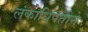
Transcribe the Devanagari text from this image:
लंकाधिपतीने